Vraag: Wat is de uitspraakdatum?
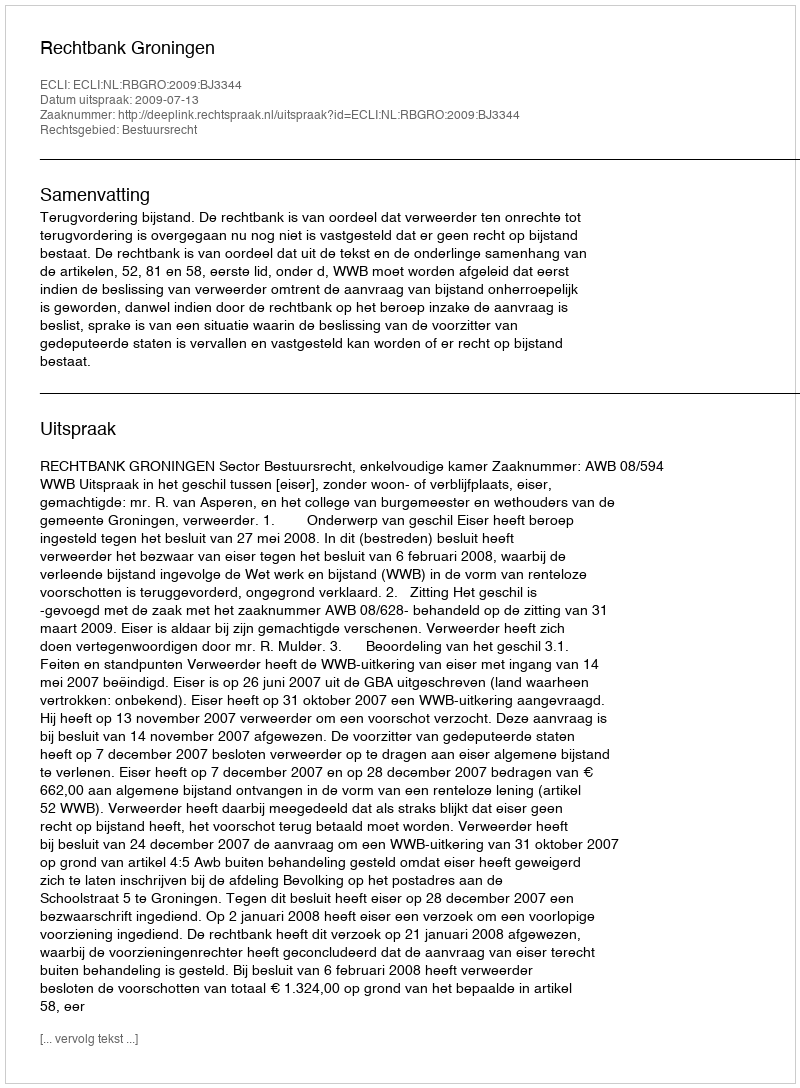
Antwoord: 2009-07-13